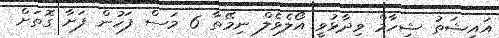
އައިޝަތު ޝިހާމް ވިދާޅުވީ އޯލެވެލް ނިމޭތާ 6 މަސް ފަހުން ފަށާ ގޮތަށް